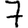
Digit: 7